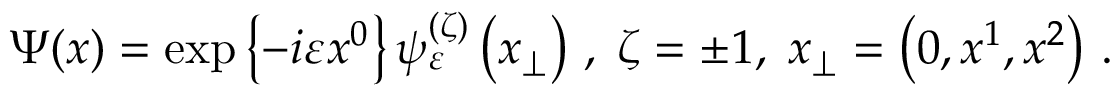
\Psi ( x ) = \exp \left\{ - i \varepsilon x ^ { 0 } \right\} \psi _ { \varepsilon } ^ { ( \zeta ) } \left( x _ { \perp } \right) \, , \; \zeta = \pm 1 , \; x _ { \perp } = \left( 0 , x ^ { 1 } , x ^ { 2 } \right) \, .